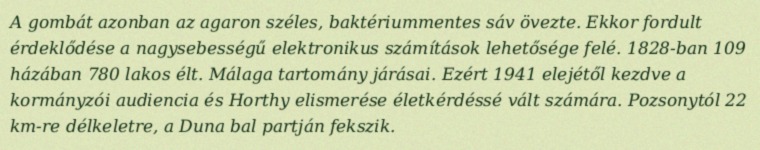
A gombát azonban az agaron széles, baktériummentes sáv övezte. Ekkor fordult érdeklődése a nagysebességű elektronikus számítások lehetősége felé. 1828-ban 109 házában 780 lakos élt. Málaga tartomány járásai. Ezért 1941 elejétől kezdve a kormányzói audiencia és Horthy elismerése életkérdéssé vált számára. Pozsonytól 22 km-re délkeletre, a Duna bal partján fekszik.